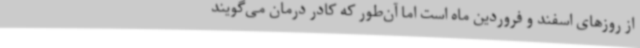
از روزهای اسفند و فروردین ماه است اما آن‌طور که کادر درمان می‌گویند